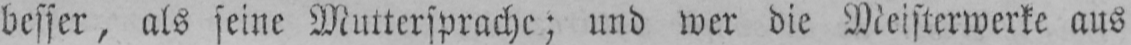
besser, als seine Muttersprache; und wer die Meisterwerke aus